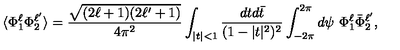
\langle \Phi _ { 1 } ^ { \ell } \Phi _ { 2 } ^ { \ell ^ { \prime } } \rangle = \frac { \sqrt { ( 2 \ell + 1 ) ( 2 \ell ^ { \prime } + 1 ) } } { 4 \pi ^ { 2 } } \int _ { | t | < 1 } \frac { d t d \bar { t } } { ( 1 - | t | ^ { 2 } ) ^ { 2 } } \int _ { - 2 \pi } ^ { 2 \pi } d \psi \ \Phi _ { 1 } ^ { \ell } \bar { \Phi } _ { 2 } ^ { \ell ^ { \prime } } ,